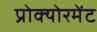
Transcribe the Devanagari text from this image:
प्रोक्योरमेंट